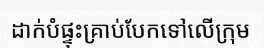
ដាក់បំផ្ទុះគ្រាប់បែកទៅលើក្រុម